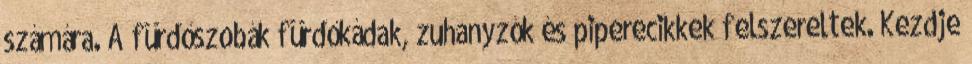
számára. A fürdőszobák fürdőkádak, zuhanyzók és piperecikkek felszereltek. Kezdje